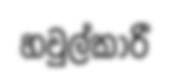
හවුල්කාරී